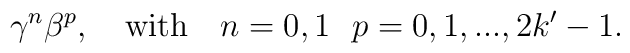
\gamma^n \beta^p,~~~{\rm with}~~~n=0,1~~p=0,1,...,2k'-1.